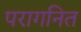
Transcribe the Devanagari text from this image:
परागनित